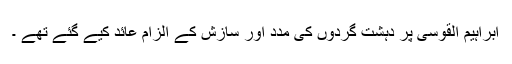
ابراہیم القوسی پر دہشت گردوں کی مدد اور سازش کے الزام عائد کیے گئے تھے ۔